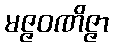
မဇ္ဇဝဏိဇ္ဇာ